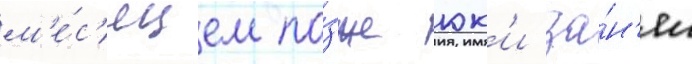
м'е́с'яцем по́зже юк'и за́н'ял